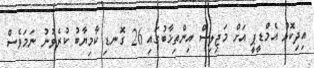
އިދިކޮޅު އެމްޑީޕީ އަށް މަޖިލިސް އިންތިޚާބުގައި 26 ގޮނޑި ކާމިޔާބު ކުރެވުނު ނަމަވެސް